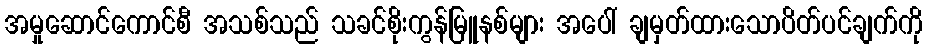
အမှုဆောင်ကောင်စီ အသစ်သည် သခင်စိုးကွန်မြူနစ်များ အပေါ် ချမှတ်ထားသောပိတ်ပင်ချက်ကို